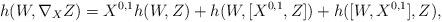
LaTeX: \begin{align*}h(W,\nabla_X Z) &= X^{0,1}h(W,Z) + h(W,[X^{0,1},Z]) + h([W,X^{0,1}],Z),\end{align*}